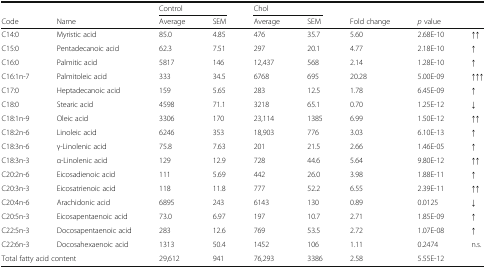
<table><thead><tr><td></td><td></td><td colspan="2"><b>Control</b></td><td colspan="2"><b>Chol</b></td><td></td><td></td><td></td></tr><tr><td><b>Code</b></td><td><b>Name</b></td><td><b>Average</b></td><td><b>SEM</b></td><td><b>Average</b></td><td><b>SEM</b></td><td><b>Fold change</b></td><td><b><i>p</i> value</b></td><td></td></tr></thead><tbody><tr><td>C14:0</td><td>Myristic acid</td><td>85.0</td><td>4.85</td><td>476</td><td>35.7</td><td>5.60</td><td>2.68E-10</td><td>↑↑</td></tr><tr><td>C15:0</td><td>Pentadecanoic acid</td><td>62.3</td><td>7.51</td><td>297</td><td>20.1</td><td>4.77</td><td>2.18E-10</td><td>↑</td></tr><tr><td>C16:0</td><td>Palmitic acid</td><td>5817</td><td>146</td><td>12,437</td><td>568</td><td>2.14</td><td>1.28E-10</td><td>↑</td></tr><tr><td>C16:1n-7</td><td>Palmitoleic acid</td><td>333</td><td>34.5</td><td>6768</td><td>695</td><td>20.28</td><td>5.00E-09</td><td>↑↑↑</td></tr><tr><td>C17:0</td><td>Heptadecanoic acid</td><td>159</td><td>5.65</td><td>283</td><td>12.5</td><td>1.78</td><td>6.45E-09</td><td>↑</td></tr><tr><td>C18:0</td><td>Stearic acid</td><td>4598</td><td>71.1</td><td>3218</td><td>65.1</td><td>0.70</td><td>1.25E-12</td><td>↓</td></tr><tr><td>C18:1n-9</td><td>Oleic acid</td><td>3306</td><td>170</td><td>23,114</td><td>1385</td><td>6.99</td><td>1.50E-12</td><td>↑↑</td></tr><tr><td>C18:2n-6</td><td>Linoleic acid</td><td>6246</td><td>353</td><td>18,903</td><td>776</td><td>3.03</td><td>6.10E-13</td><td>↑</td></tr><tr><td>C18:3n-6</td><td>γ-Linolenic acid</td><td>75.8</td><td>7.63</td><td>201</td><td>21.5</td><td>2.66</td><td>1.46E-05</td><td>↑</td></tr><tr><td>C18:3n-3</td><td>α-Linolenic acid</td><td>129</td><td>12.9</td><td>728</td><td>44.6</td><td>5.64</td><td>9.80E-12</td><td>↑↑</td></tr><tr><td>C20:2n-6</td><td>Eicosadienoic acid</td><td>111</td><td>5.69</td><td>442</td><td>26.0</td><td>3.98</td><td>1.88E-11</td><td>↑</td></tr><tr><td>C20:3n-3</td><td>Eicosatrienoic acid</td><td>118</td><td>11.8</td><td>777</td><td>52.2</td><td>6.55</td><td>2.39E-11</td><td>↑↑</td></tr><tr><td>C20:4n-6</td><td>Arachidonic acid</td><td>6895</td><td>243</td><td>6143</td><td>130</td><td>0.89</td><td>0.0125</td><td>↓</td></tr><tr><td>C20:5n-3</td><td>Eicosapentaenoic acid</td><td>73.0</td><td>6.97</td><td>197</td><td>10.7</td><td>2.71</td><td>1.85E-09</td><td>↑</td></tr><tr><td>C22:5n-3</td><td>Docosapentaenoic acid</td><td>283</td><td>12.6</td><td>769</td><td>53.5</td><td>2.72</td><td>1.07E-08</td><td>↑</td></tr><tr><td>C22:6n-3</td><td>Docosahexaenoic acid</td><td>1313</td><td>50.4</td><td>1452</td><td>106</td><td>1.11</td><td>0.2474</td><td>n.s.</td></tr><tr><td colspan="2">Total fatty acid content</td><td>29,612</td><td>941</td><td>76,293</td><td>3386</td><td>2.58</td><td>5.55E-12</td><td></td></tr></tbody></table>